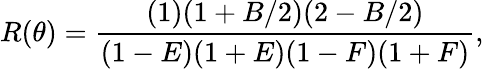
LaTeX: R(\theta)=\frac{(1)(1+B/2)(2-B/2)}{(1-E)(1+E)(1-F)(1+F)},